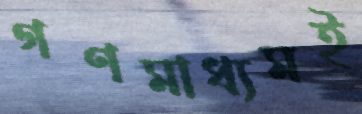
গণমাধ্যমই